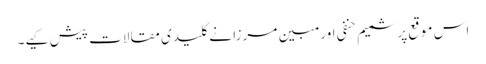
اس موقع پر شمیم حنفی اور مبین مرزا نے کلیدی مقالات پیش کیے۔